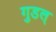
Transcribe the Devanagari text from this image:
गुडल्